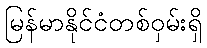
မြန်မာနိုင်ငံတစ်ဝှမ်းရှိ